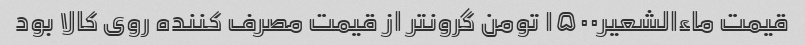
قیمت ماءالشعیر۱۵۰۰ تومن گرونتر از قیمت مصرف کننده روی کالا بود